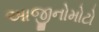
આજીનોમોટો